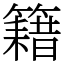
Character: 籍